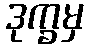
ဒုက္ခမှ